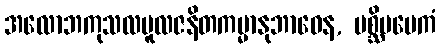
အလောဘကုသလမူလဇနိတကမ္မာနုဘာဝေန, ပစ္ဆိမမေကံ